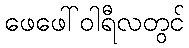
ဖေဖေါ်ဝါရီလတွင်